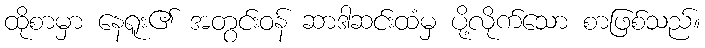
ထိုစာမှာ နေရူး၏ အတွင်းဝန် ဆာဒါဆင်းထံမှ ပို့လိုက်သော စာဖြစ်သည်။